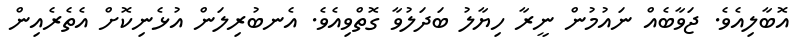
އޮބާލިއެވެ. ޖަވާބެއް ނައުމުން ނީރާ ހިޔާލު ބަދަލުވާ ގޮތްވިއެވެ. އެނބުރިލަން އުޅެނިކޮށް އެތެރެއިން